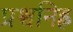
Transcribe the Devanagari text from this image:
प्रश्वनिह्न